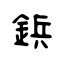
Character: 鋲